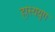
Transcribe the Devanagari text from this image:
हास्ययुग